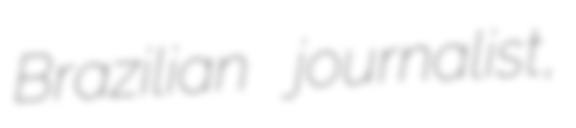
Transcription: Brazilian journalist,